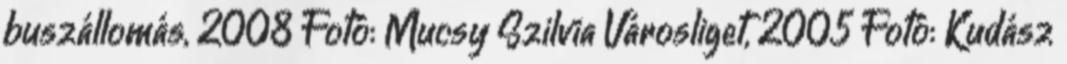
buszállomás, 2008 Fotó: Mucsy Szilvia Városliget, 2005 Fotó: Kudász